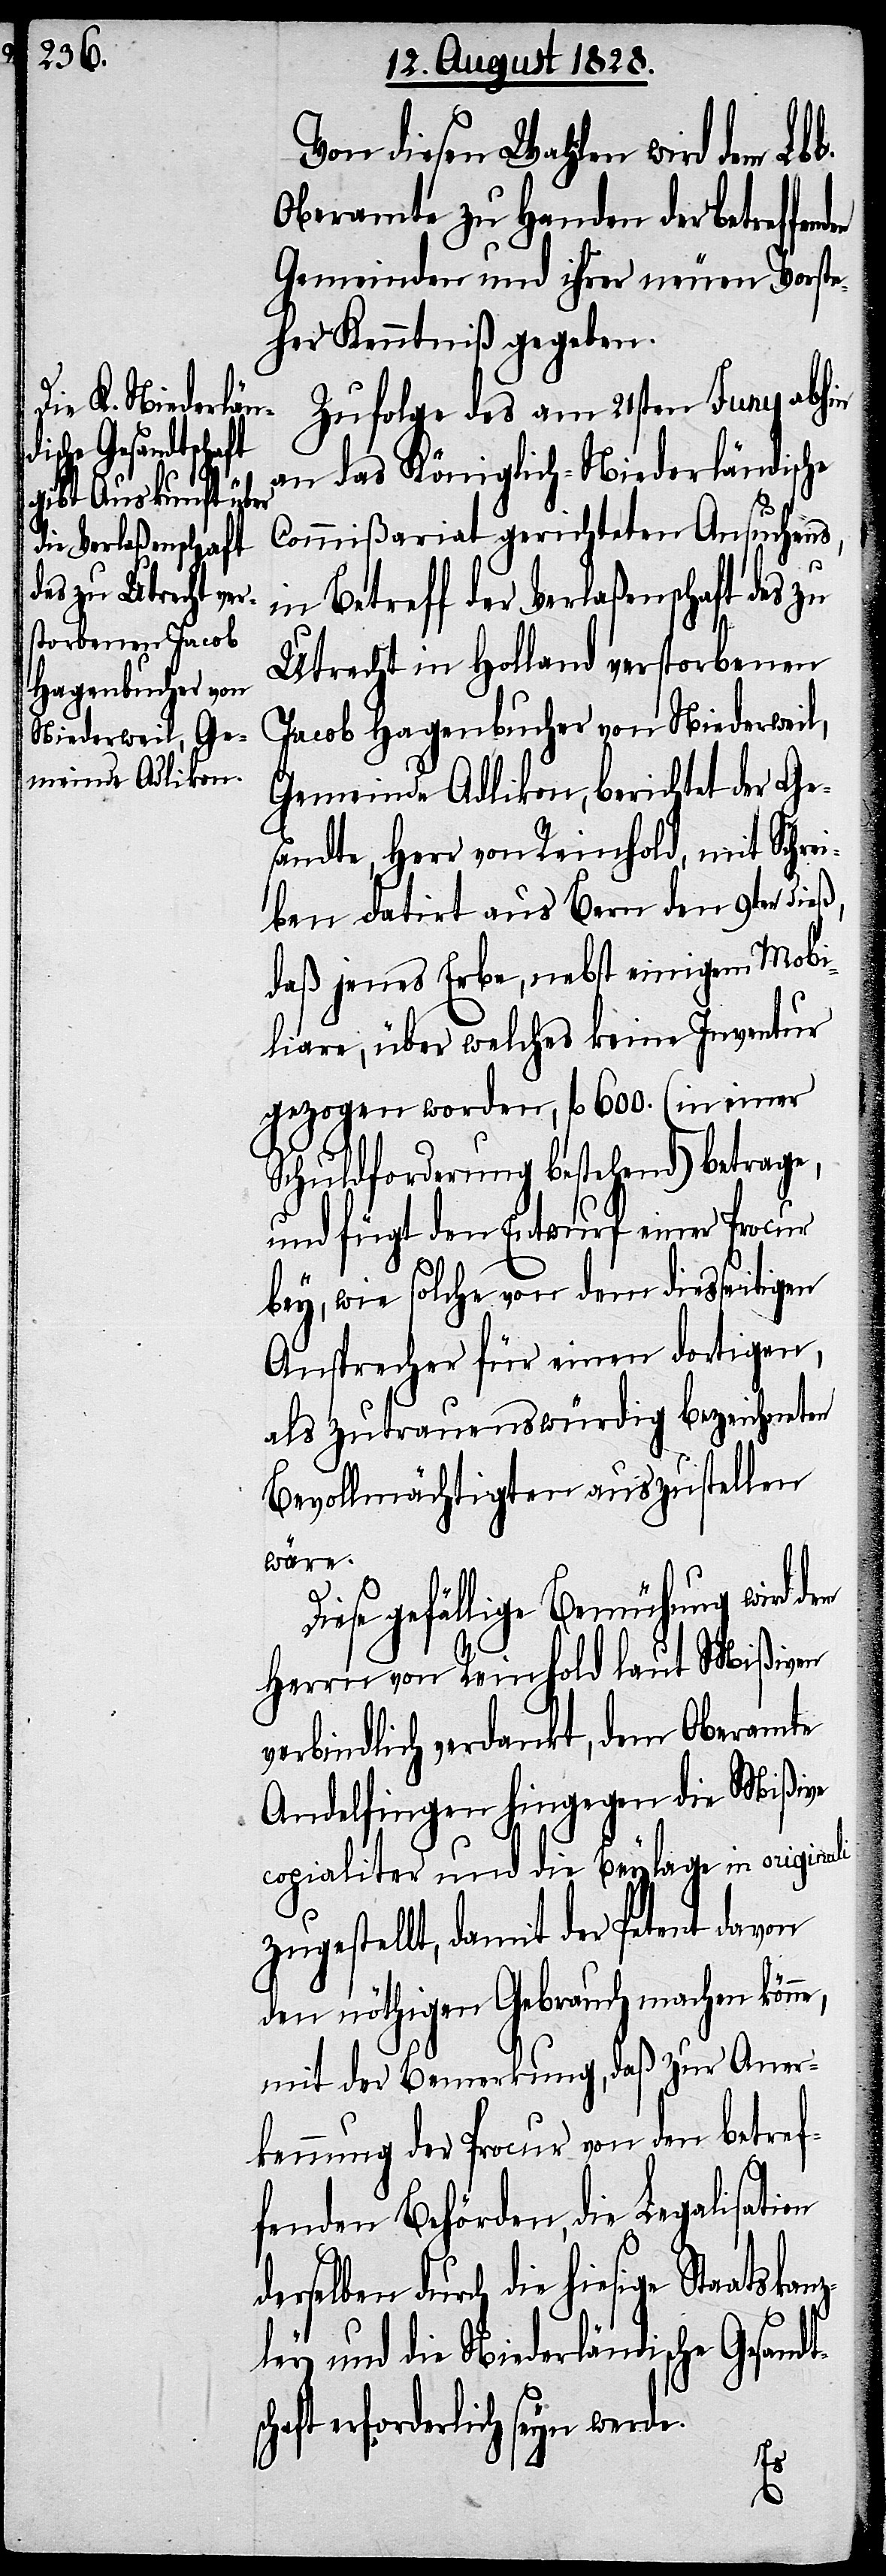
Von diesen Wahlen wird dem Lbl.
Oberamte zu Handen der betreffe¬
Gemeinde und ihrer neuen Vorste¬
her Kenntniß gegeben.
Zufolge des am 21sten Juny abhin
an das Königlich-Niederländische
Commißariat gerichteten Ansuchens,
sc¬
in Betreff der Verlaßenschaft des zu
Utrecht in Holland verstorbenen
Jacob Hagenbucher von Niederweil,
Gemeinde Adlikon, berichtet der Ge¬
sandte, Herr von Reinhold, mit Schrei¬
ben datirt aus Bern den 9ten dieß,
daß jenes Erbe, nebst einigem Mobi¬
liare, über welches keine Inventur
gezogen worden, fl. 600. (in einer
Schuldforderung bestehend) betrage,
und fügt den Entwurf einer Procur
bey, wie solche von dem diesseitigen
Ansprecher für einen dortigen
als zutrauenswürdig bezeichneten
Bevollmächtigten auszustellen
wäre.
iese gefällige Bemühung wird
Herrn von Reinhold laut Mißiven
verbindlich verdankt, dem Oberamte
Andelfingen hingegen die Mißive
copialiter und die Beylage in originali
zugestellt, damit der Petent davon
den nöthigen Gebrauch machen könne,
mit der Bemerkung, daß zur Aner¬
kennung der Procur von den betref¬
fenden Behörden, die Legalisation
die hiesige Staatskan¬
zley und die Niederländische Gesandt¬
haft erforderlich seyn werde.